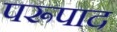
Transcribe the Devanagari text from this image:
परूपाद